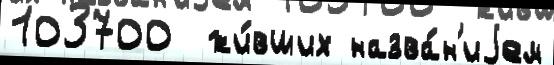
103700  жи́вших назва́н'иjем